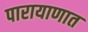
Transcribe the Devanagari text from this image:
पारायाणात